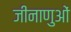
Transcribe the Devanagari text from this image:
जीनाणुओं